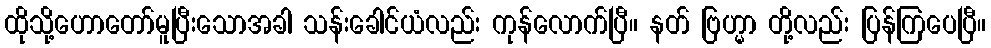
ထိုသို့ဟောတော်မူပြီးသောအခါ သန်းခေါင်ယံလည်း ကုန်လောက်ပြီ။ နတ် ဗြဟ္မာ တို့လည်း ပြန်ကြပေပြီ။